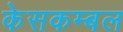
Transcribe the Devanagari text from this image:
केसकम्बल